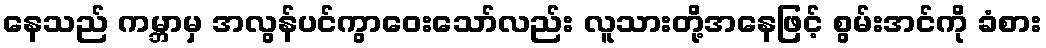
နေသည် ကမ္ဘာမှ အလွန်ပင်ကွာဝေးသော်လည်း လူသားတို့အနေဖြင့် စွမ်းအင်ကို ခံစား